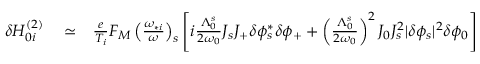
\begin{array} { r l r } { \delta H _ { 0 i } ^ { ( 2 ) } } & { { } \simeq } & { \frac { e } { T _ { i } } F _ { M } \left( \frac { \omega _ { * i } } { \omega } \right) _ { s } \left[ i \frac { \Lambda _ { 0 } ^ { s } } { 2 \omega _ { 0 } } J _ { s } J _ { + } \delta \phi _ { s } ^ { * } \delta \phi _ { + } + \left( \frac { \Lambda _ { 0 } ^ { s } } { 2 \omega _ { 0 } } \right) ^ { 2 } J _ { 0 } J _ { s } ^ { 2 } \lvert \delta \phi _ { s } \rvert ^ { 2 } \delta \phi _ { 0 } \right] } \end{array}